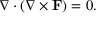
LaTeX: \nabla \cdot ( \nabla \times \mathbf { F } ) = 0 .